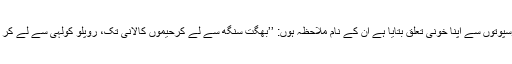
مکیش میگھواڑ صاحب نے دھرتی کے جس قابل فخرسپوتوں سے اپنا خونی تعلق بتایا ہے ان کے نام ملاحظہ ہوں: ’’بھگت سنگھ سے لے کرحیموں کالانی تک، روپلو کولہی سے لے کر راجہ داہر تک یہ دھرتی میرے ہی خون سے لال ہے۔